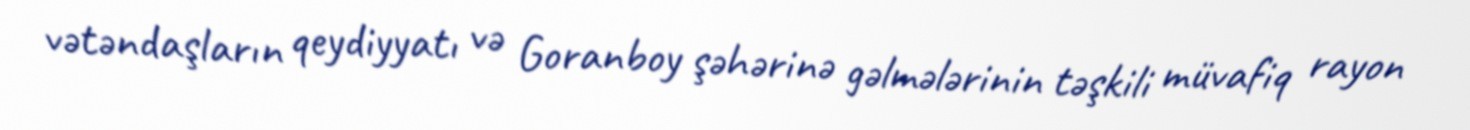
vətəndaşların qeydiyyatı və Goranboy şəhərinə gəlmələrinin təşkili müvafiq rayon